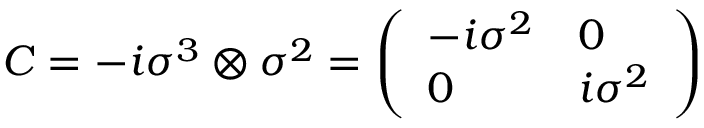
C = - i \sigma ^ { 3 } \otimes \sigma ^ { 2 } = { \left( \begin{array} { l l } { - i \sigma ^ { 2 } } & { 0 } \\ { 0 } & { i \sigma ^ { 2 } } \end{array} \right) }